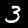
Label: 3